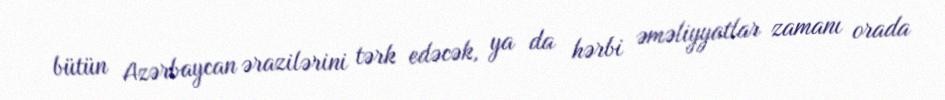
bütün Azərbaycan ərazilərini tərk edəcək, ya da hərbi əməliyyatlar zamanı orada